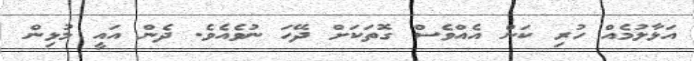
އަޅާލުމެއް ހުރި ކަން އެއްވެސް ގޮތަކަށް ދޭހަ ނުވެއެވެ. ދެން އައީ މުޅިން